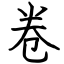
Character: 卷